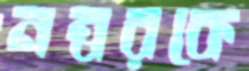
নম্বরকে